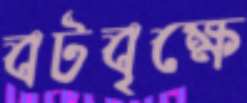
বটবৃক্ষে